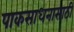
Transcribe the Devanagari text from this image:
पाकसाधनासाठी